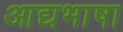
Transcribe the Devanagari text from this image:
आद्यभाषा